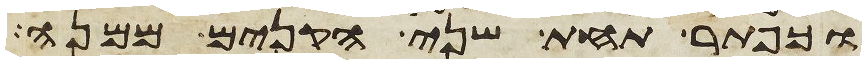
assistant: וכפתר תחת שני הקנים ממנה